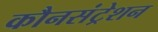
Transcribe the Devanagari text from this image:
कौनसंट्रेशन